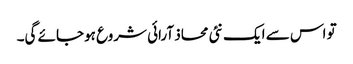
تو اس سے ایک نئی محاذ آرائی شروع ہوجائے گی۔